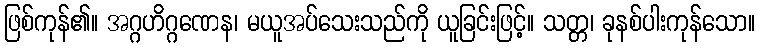
ဖြစ်ကုန်၏။ အဂ္ဂဟိဂ္ဂဏေန၊ မယူအပ်သေးသည်ကို ယူခြင်းဖြင့်။ သတ္တ၊ ခုနစ်ပါးကုန်သော။